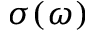
\sigma ( \omega )